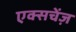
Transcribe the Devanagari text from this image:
एक्सचेंज़